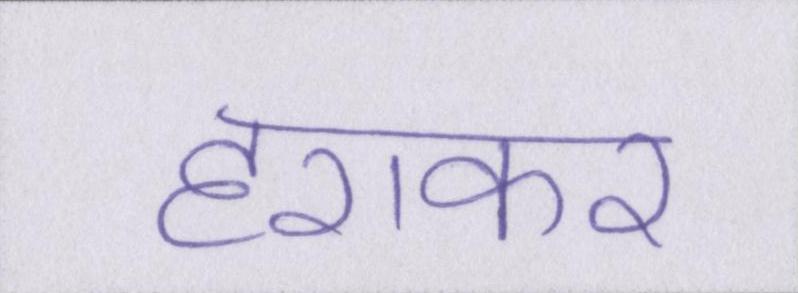
हराकर